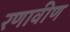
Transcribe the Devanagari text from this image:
रणावीण